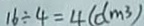
1 6 \div 4 = 4 ( d m ^ { 3 } )